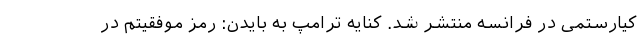
کیارستمی در فرانسه منتشر شد. کنایه ترامپ به بایدن: رمز موفقیتم در